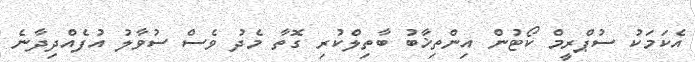
އެކަމަކު ސުޕްރީމް ކޯޓުން އިންތިޚާބު ބާތިލްކުރި ގޮޮތާ މެދު ވެސް ސުވާލު އުފެއްދިދާނެ